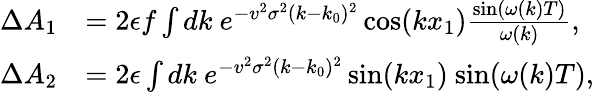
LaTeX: \begin{array}{rl}{\Delta A_{1}}&{=2\epsilon f\int dk\ e^{-v^{2}\sigma^{2}(k-k_{0})^{2}}\cos(kx_{1})\frac{\sin(\omega(k)T)}{\omega(k)},}\\ {\Delta A_{2}}&{=2\epsilon\int dk\ e^{-v^{2}\sigma^{2}(k-k_{0})^{2}}\sin(kx_{1})\ {\sin(\omega(k)T)},}\end{array}